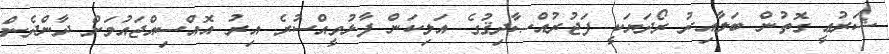
ޝަރުޢީ ގޮތުން ބަލާއިރު ރޯދަޔަކީ ފަޖުރުއްޞާދިޤުގެ އަލިކަން ފާޅުވީއްސުރެ އިރު އޮއްސިއްޖައުމަށް ދާންދެން